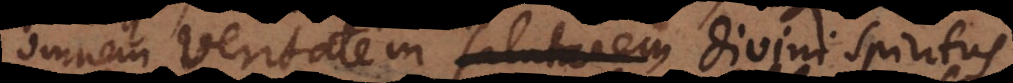
omnem veritatem salutarem divini spi